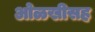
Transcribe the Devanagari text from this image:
ओळखीसह